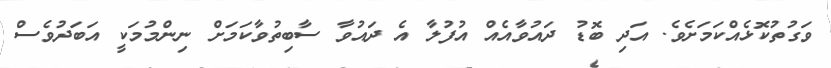
ވަގުތުކޮޅެއްކަމަށެވެ. އަދި ބޮޑު ދައުވާއެއް އުފުލާ އެ ދައުވާ ސާބިތުވާކަމަށް ނިންމުމަކީ އަބަދުވެސް